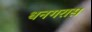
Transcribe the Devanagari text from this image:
धनगरास